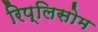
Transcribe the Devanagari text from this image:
रिप्लिसोम